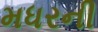
મધરની